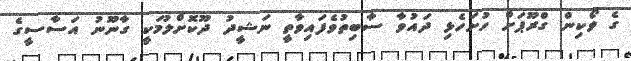
ގެ ވޯކިން ގްރޫޕަށް ހުށަހެޅި ދައުވާ ސާބިތުވެފައިވާތީ ނަޝީދު ދޫކޮށްލުމަކީ ގާނޫނު އަސާސީގެ